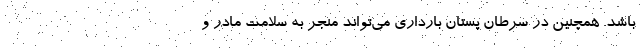
باشد. همچنین در سرطان پستان بارداری می‌تواند منجر به سلامت مادر و